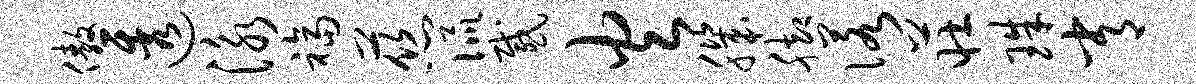
傲透泳福慈侃感火肌脚诺庄珠常